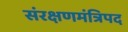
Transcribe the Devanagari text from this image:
संरक्षणमंत्रिपद